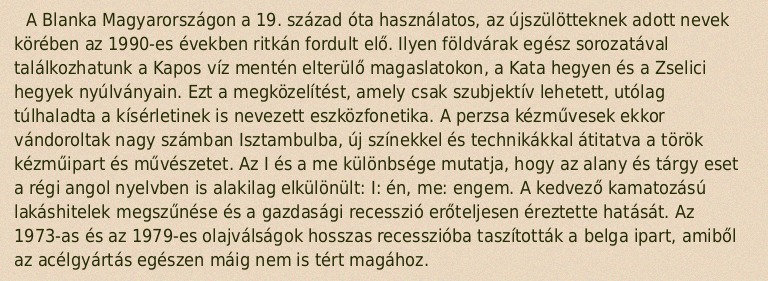
A Blanka Magyarországon a 19. század óta használatos, az újszülötteknek adott nevek körében az 1990-es években ritkán fordult elő. Ilyen földvárak egész sorozatával találkozhatunk a Kapos víz mentén elterülő magaslatokon, a Kata hegyen és a Zselici hegyek nyúlványain. Ezt a megközelítést, amely csak szubjektív lehetett, utólag túlhaladta a kísérletinek is nevezett eszközfonetika. A perzsa kézművesek ekkor vándoroltak nagy számban Isztambulba, új színekkel és technikákkal átitatva a török kézműipart és művészetet. Az I és a me különbsége mutatja, hogy az alany és tárgy eset a régi angol nyelvben is alakilag elkülönült: I: én, me: engem. A kedvező kamatozású lakáshitelek megszűnése és a gazdasági recesszió erőteljesen éreztette hatását. Az 1973-as és az 1979-es olajválságok hosszas recesszióba taszították a belga ipart, amiből az acélgyártás egészen máig nem is tért magához.